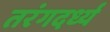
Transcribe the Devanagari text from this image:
तरंगदर्ध्य